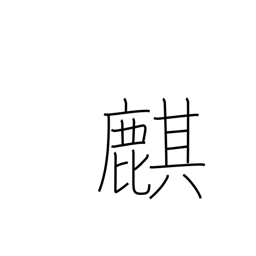
Meaning: Chinese unicorn